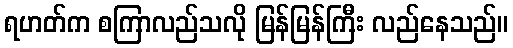
ရဟတ်က စကြာလည်သလို မြန်မြန်ကြီး လည်နေသည်။